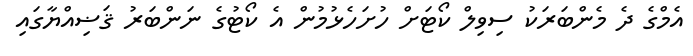
އެމްގެ ދެ މެންބަރަކު ސިވިލް ކޯޓަށް ހުށަހެޅުމުން އެ ކޯޓުގެ ނަންބަރު ޤަޟިއްޔާގައި